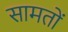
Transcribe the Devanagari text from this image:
सामतों